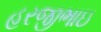
હરજીભાઇ